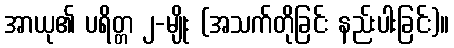
အာယု၏ ပရိတ္တ ၂-မျိုး (အသက်တိုခြင်း နည်းပါးခြင်း)။